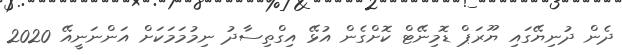
ދެން ދުނިޔޭގައި ޔޫރަޕް ޑޮމިނޭޓް ކޮށްގެން އުޅޭ އިގްތިސާދު ނިމުމަމަކަށް އަންނަނީއޭ 2020